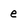
Character: e